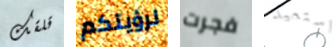
قلقك لرؤيتكم فجرت استعيد